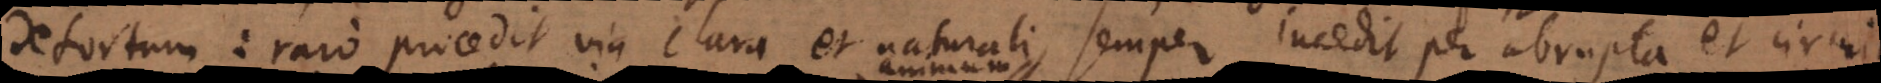
detortum: raro procedit via clara et naturali, semper incedit per abrupta et circui